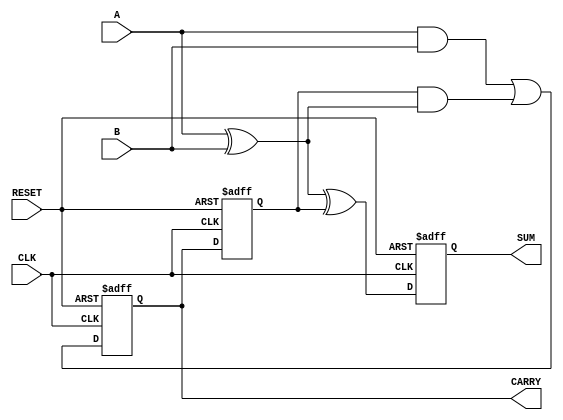
module Sequential_Half_Adder (
    input wire A,          // First operand
    input wire B,          // Second operand
    input wire CLK,        // Clock signal
    input wire RESET,      // Reset signal
    output reg SUM,        // Sum output
    output reg CARRY       // Carry output
);

    reg CARRY_prev;        // Internal state to hold the previous carry

    always @(posedge CLK or posedge RESET) begin
        if (RESET) begin
            SUM <= 1'b0;         // Initialize SUM to 0 on RESET
            CARRY <= 1'b0;       // Initialize CARRY to 0 on RESET
            CARRY_prev <= 1'b0;  // Initialize previous CARRY to 0 on RESET
        end else begin
            // Calculate SUM and CARRY based on current inputs and previous carry
            SUM <= A ^ B ^ CARRY_prev; // Sum is the XOR of A, B, and the previous carry
            CARRY <= (A & B) | (CARRY_prev & (A ^ B)); // New carry logic
            CARRY_prev <= CARRY; // Update the previous carry for next clock cycle
        end
    end

endmodule